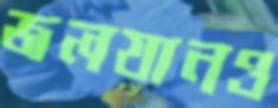
জলযানও